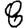
Digit: 8